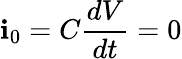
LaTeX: \mathbf{i}_{0}=C\frac{{dV}}{{dt}}=0